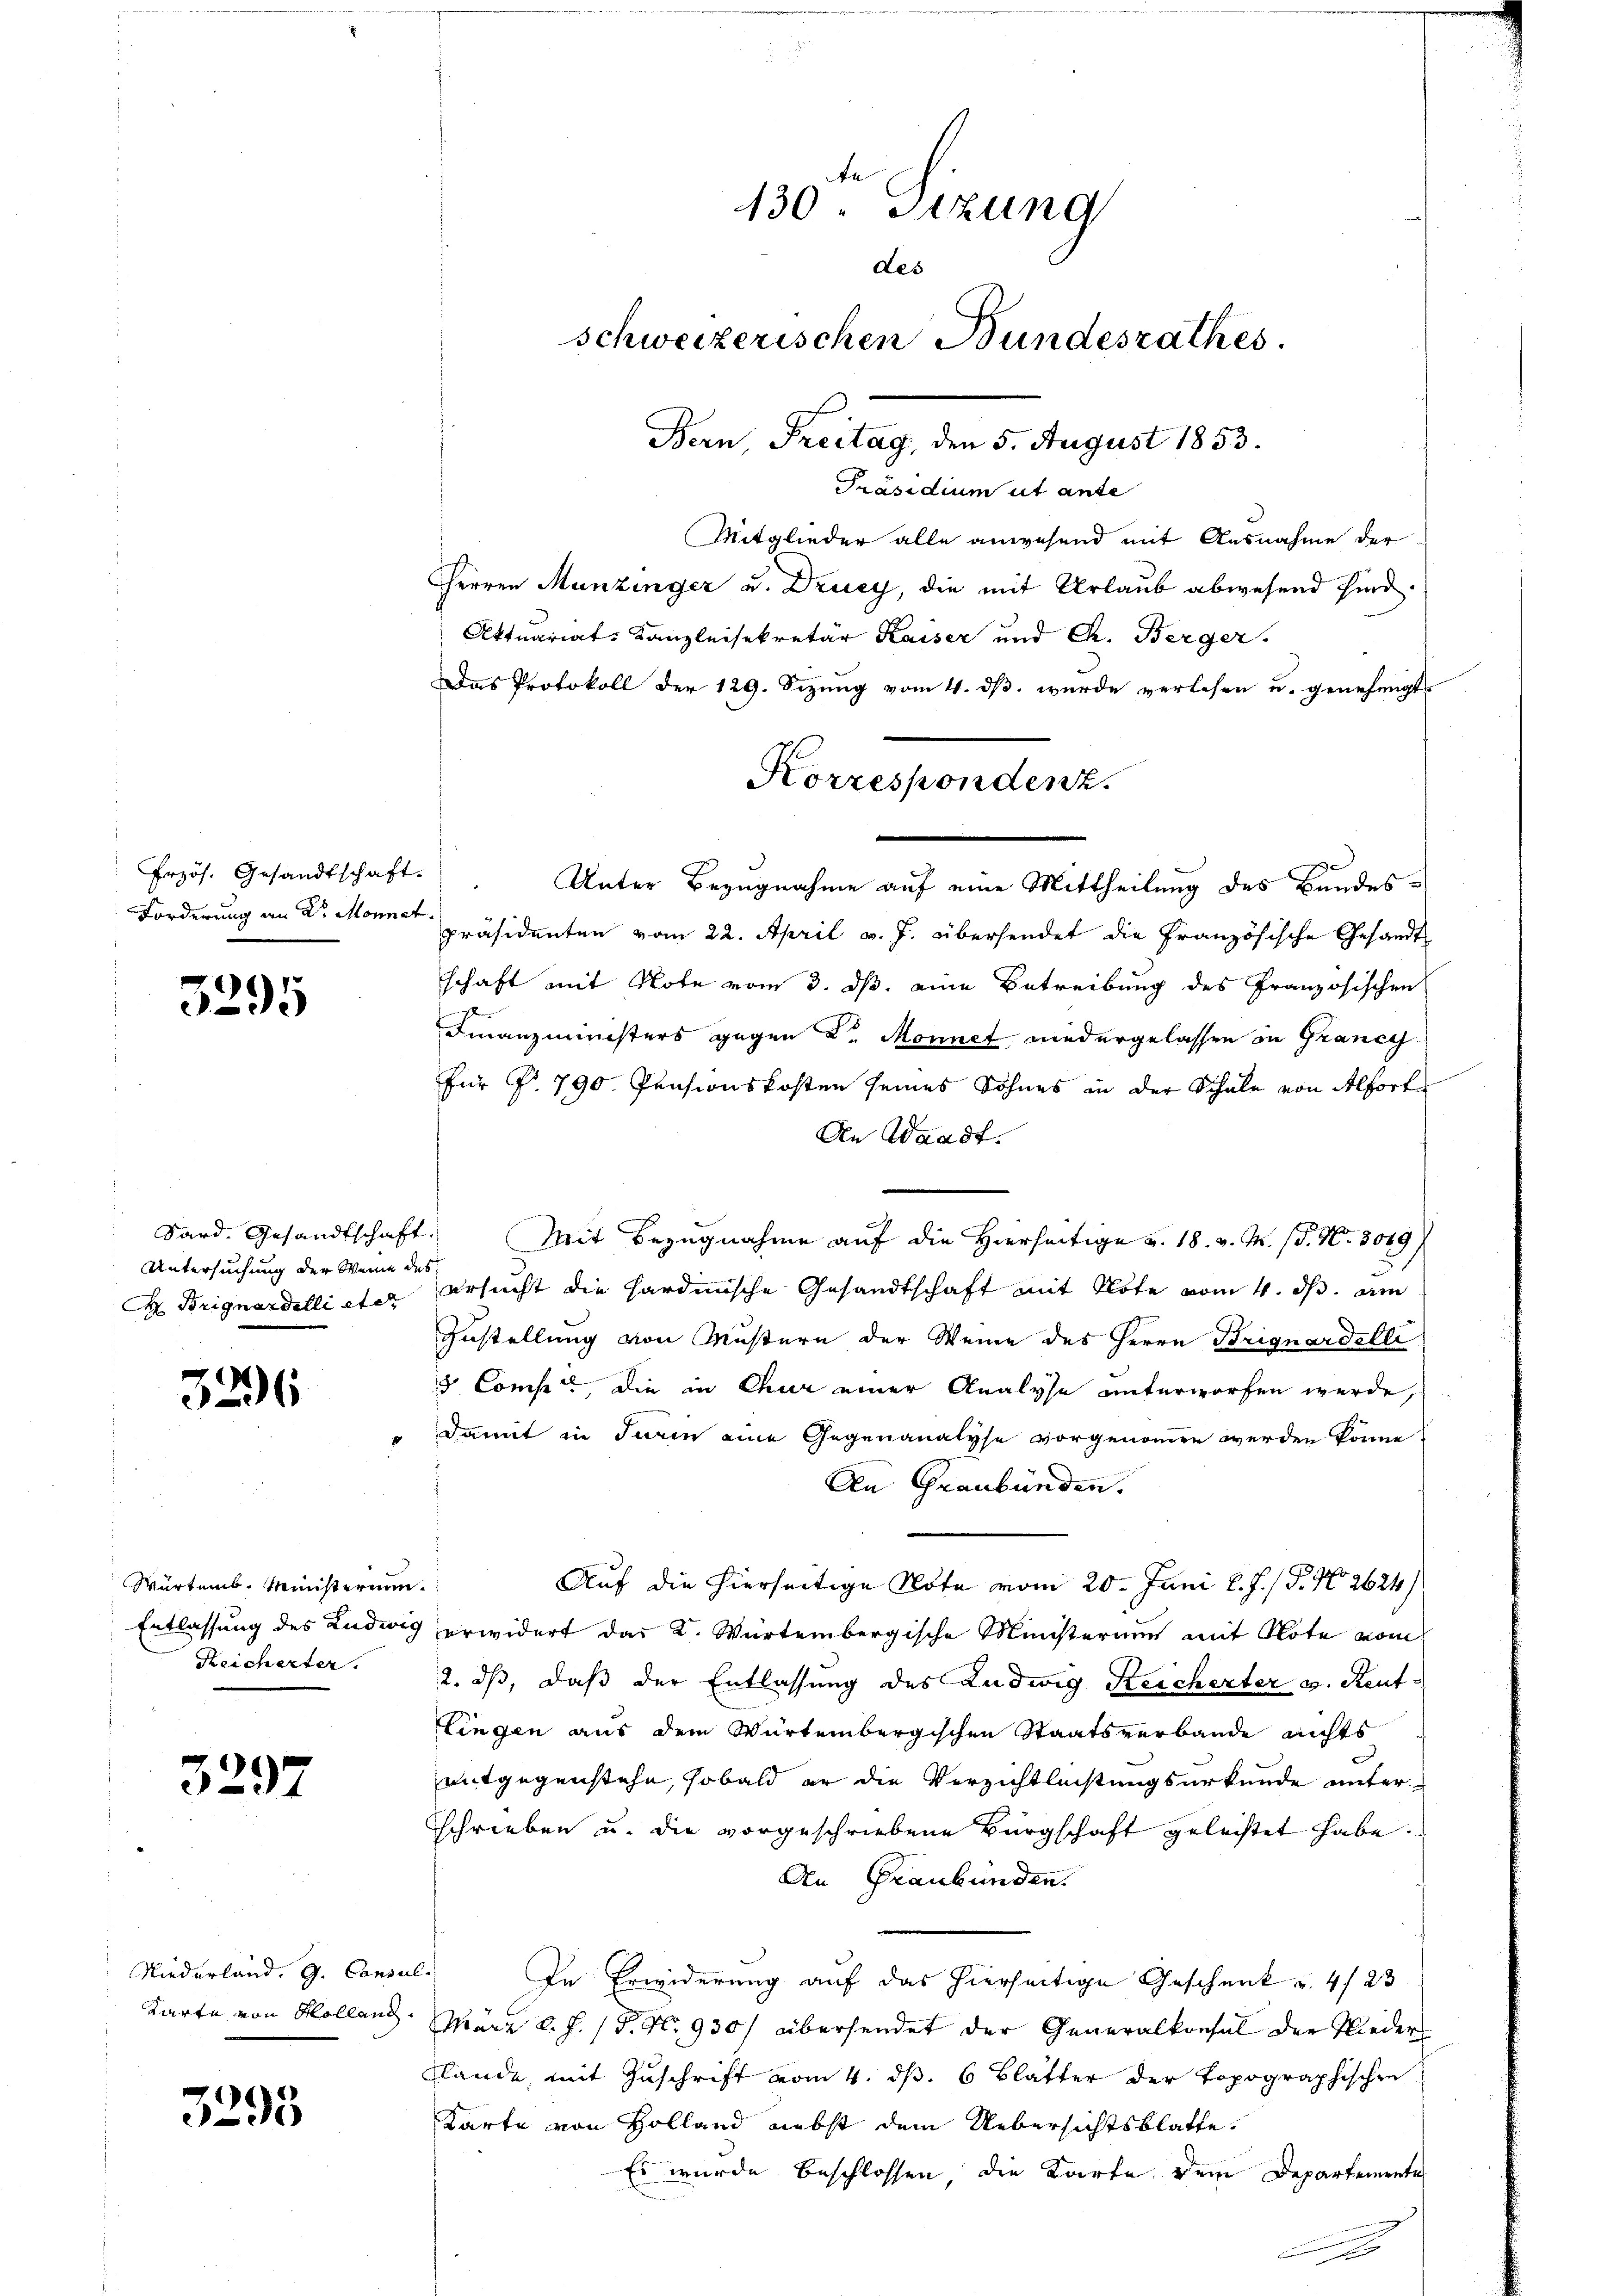
Przös. Gesandtschaft.

)
295

Sard. Gesandtschaft.
Untersuchung der Weine des

3296

Würtemb. Ministerium.
Reicherter.

3297

Präsidium ut ante
Mitglieder alle anwesend mit Ausnahme der
Herren Munzinger u. Drucy, die mit Urlaub abwesend sind.
Attuariat Kanzleisekretär Kaiser und Ch. Berger.
Das Protokoll der 129. Sizung vom 4. dß wurde verlesen u. genehmigt
Forderung an Dr. Monner Präsidenten vom 22. April v. J. übersendet die Französische Gesandts
schaft mit Note vom 3. ds. eine Betreibung des Französischen
Finanzministers gegen der Monnet niedergelassen in Grance
für P. 790 Pensionskosten seines Sohnes in der Schale von Alfort
An Waadt.
Mit Bezugnahme auf die Hierseitige v. 18. v. M. (S. Nr. 3049/
 Brignardelli eter ersucht die hardinische Gesandtschaft mit Klote vom 4. ds. am
Zustellung von Mustern der Weine des Herrn Brignardelli
d Comp., die in Chur einer Analyse unterworfen werde,
 Damit in Turin eine Gegenanalyse vorgenommen werden könne
An Graubünden.
Auf die hierseitige Nota vom 20. Juni l. J. / 5. No 2624/
Entlassung des Ludwig erwidert das K. Würtembergische Ministerium mit Note vom
2. ds, daß der Entlassung des Ludwig Reicherter u. Reutlingen aus dem Würtembergischen Staatsverbande nichts
entgegenstehe, sobald er die Verzichtlichtungsurkunde unterschrieben u. die vorgeschriebene Bürgschaft geleistet habe.
An Graubünden.
In Erwiderung auf das hierseitige Geschenk u. 423
Karte von Kolland. März l. J. P. Nr. 930 übersendet der Generalkonsul der Nieder
flände, mit Zuschrift vom 4. ds. 6 Blätter der topographischen
Karte von Holland nebst dem Uebersichtsblatte.
Es wurde beschlossen, die Karte dem Departemente

Niederland. G. Consul

3293

130. Sizung
des
schweizerischen Bundesrathes.
Bern, Freitag, den 5. August 1853.

Korrespondenz.

Unter Bezugnahme auf eine Mittheilung des Bundes¬